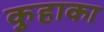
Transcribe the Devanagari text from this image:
कुहाका